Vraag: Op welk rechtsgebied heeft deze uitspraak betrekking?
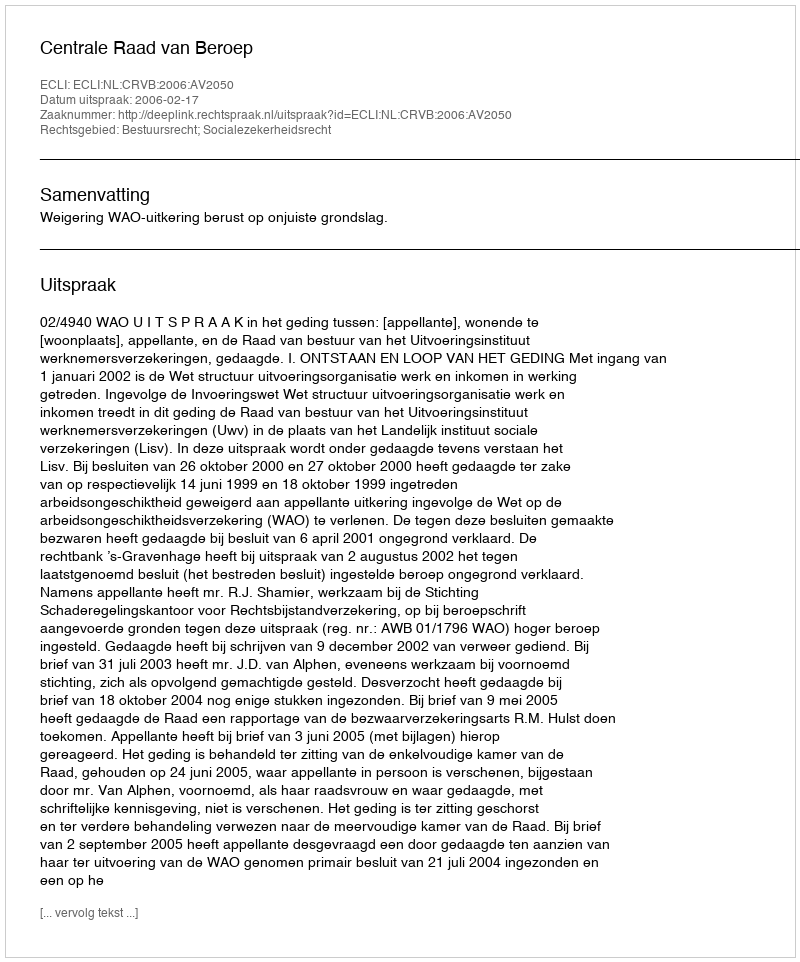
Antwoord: Bestuursrecht; Socialezekerheidsrecht